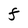
Character: F